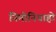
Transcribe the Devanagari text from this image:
निमोनियाहो